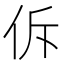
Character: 𪜲